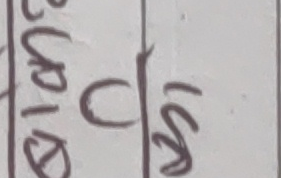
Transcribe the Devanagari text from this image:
९० बुढा ० स